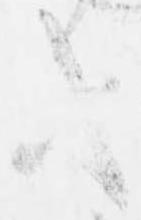
等